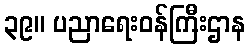
၃၉။ ပညာရေးဝန်ကြီးဌာန